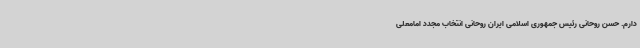
دارم. حسن روحانی رئیس جمهوری اسلامی ایران روحانی انتخاب مجدد امامعلی